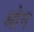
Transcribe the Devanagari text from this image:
श्रोन